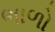
ભાળો